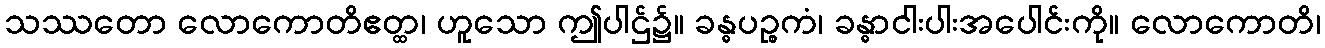
သဿတော လောကောတိဧတ္ထ၊ ဟူသော ဤပါဌ်၌။ ခန္ဓပဉ္စကံ၊ ခန္ဓာငါးပါးအပေါင်းကို။ လောကောတိ၊